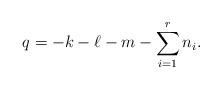
LaTeX: \begin{align*} q = -k - \ell - m - \sum\limits_{i=1}^r n_i.\end{align*}